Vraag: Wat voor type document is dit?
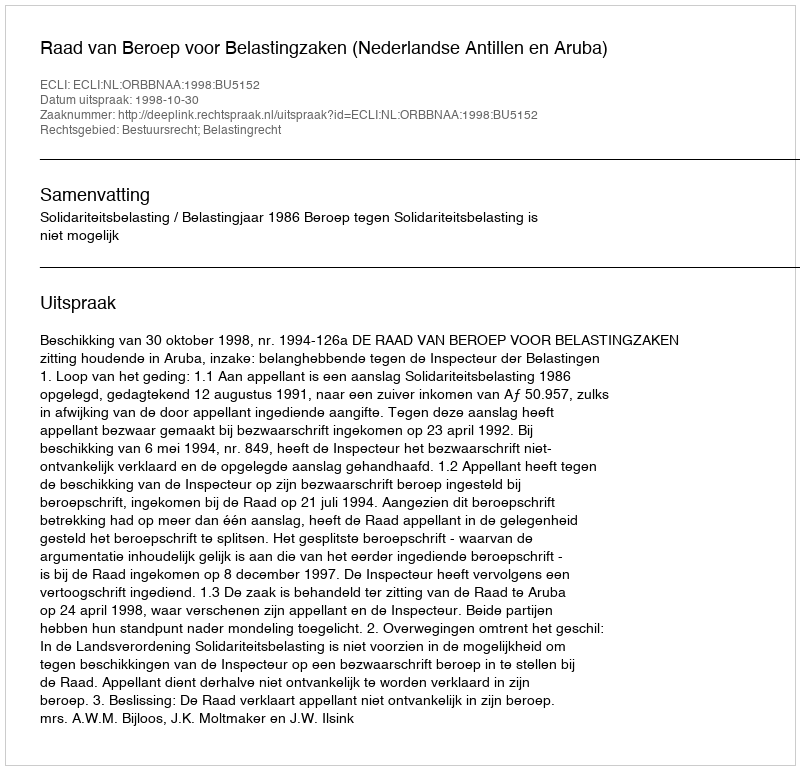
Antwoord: Uitspraak